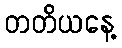
တတိယနေ့